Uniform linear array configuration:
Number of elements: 8
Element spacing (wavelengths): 0.75
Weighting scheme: uniform
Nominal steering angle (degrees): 45
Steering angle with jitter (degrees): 45.032
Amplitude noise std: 0.05
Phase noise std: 0.05

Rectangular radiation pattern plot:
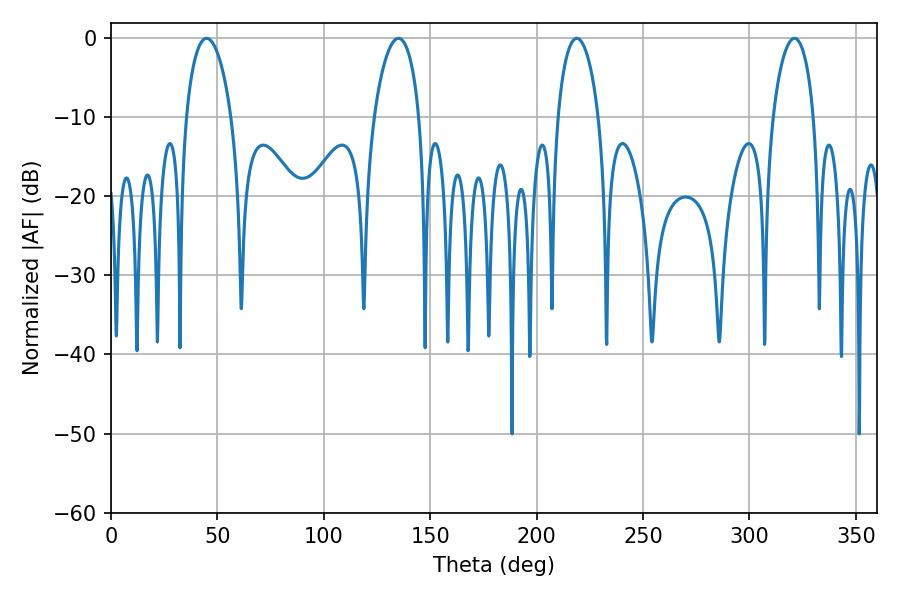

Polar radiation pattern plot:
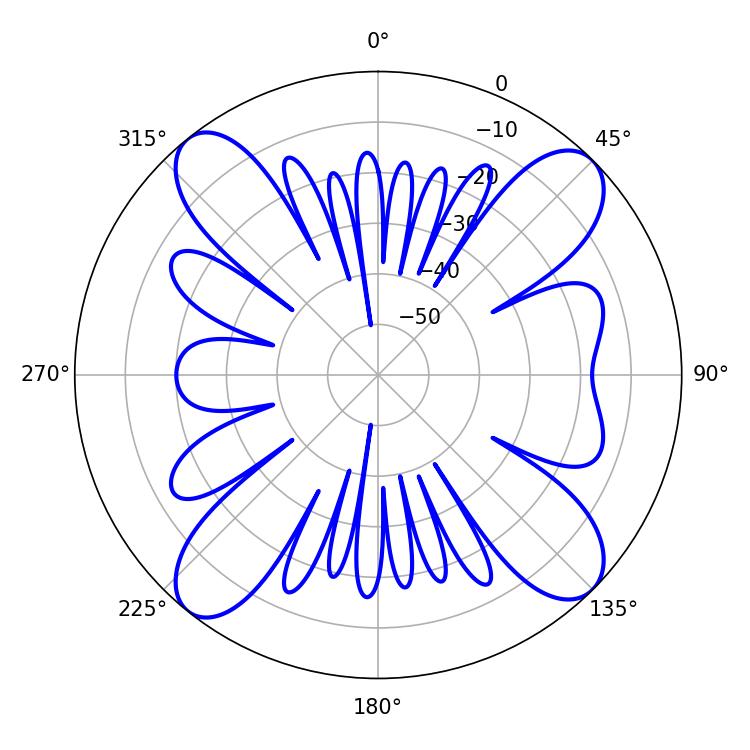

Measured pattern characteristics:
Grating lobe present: TRUE
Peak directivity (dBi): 14.394
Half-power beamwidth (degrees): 10.98
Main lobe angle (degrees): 321.12